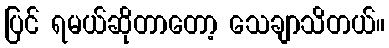
ပြင် ရမယ်ဆိုတာတော့ သေချာသိတယ်။